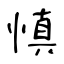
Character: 慎